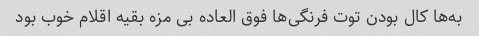
به‌ها کال بودن توت فرنگی‌ها فوق العاده بی مزه بقیه اقلام خوب بود